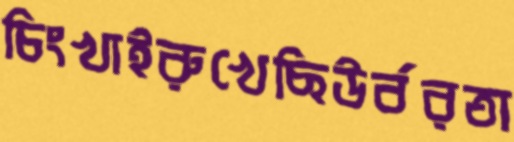
চিংখাইরুখেছিউর্বরতা